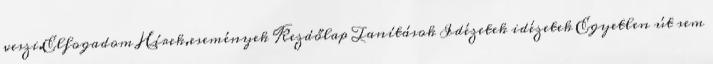
veszi.Elfogadom Hírek,események Kezdőlap Tanítások Idézetek idézetek Egyetlen út sem